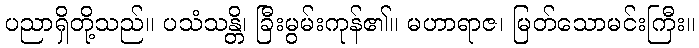
ပညာရှိတို့သည်။ ပသံသန္တိ၊ ခြီးမွမ်းကုန်၏။ မဟာရာဇ၊ မြတ်သောမင်းကြီး။